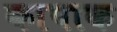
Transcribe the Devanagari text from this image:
कापाक